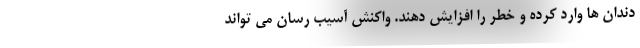
دندان ها وارد کرده و خطر را افزایش دهند. واکنش آسیب رسان می تواند